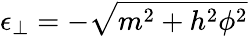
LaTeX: \epsilon_{\perp}=-\sqrt{m^{2}+h^{2}\phi^{2}}